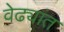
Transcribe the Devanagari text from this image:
वेढ्यांत